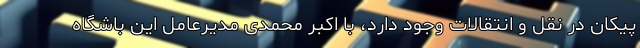
پیکان در نقل و انتقالات وجود دارد، با اکبر محمدی مدیرعامل این باشگاه